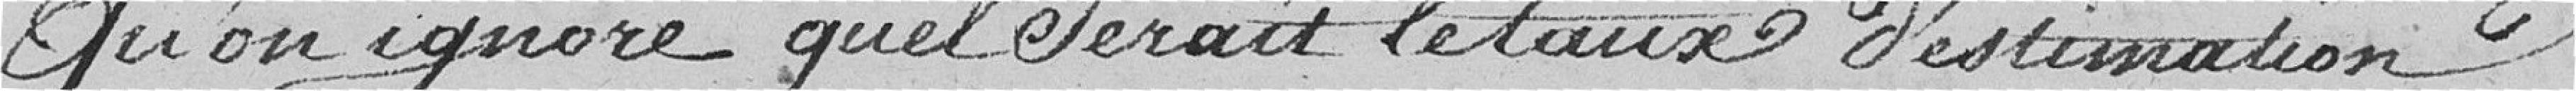
qu'on ignore quel serait le taux d'estimation